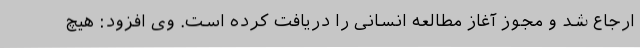
ارجاع شد و مجوز آغاز مطالعه انسانی را دریافت کرده است. وی افزود: هیچ